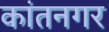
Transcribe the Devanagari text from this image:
कांतनगर